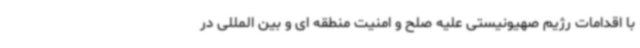
با اقدامات رژیم صهیونیستی علیه صلح و امنیت منطقه ای و بین المللی در